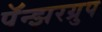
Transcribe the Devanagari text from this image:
पॅन्झरग्रुप